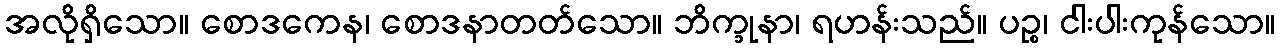
အလိုရှိသော။ စောဒကေန၊ စောဒနာတတ်သော။ ဘိက္ခုနာ၊ ရဟန်းသည်။ ပဉ္စ၊ ငါးပါးကုန်သော။